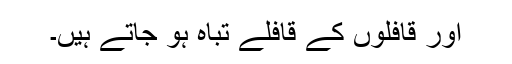
اور قافلوں کے قافلے تباہ ہو جاتے ہیں۔